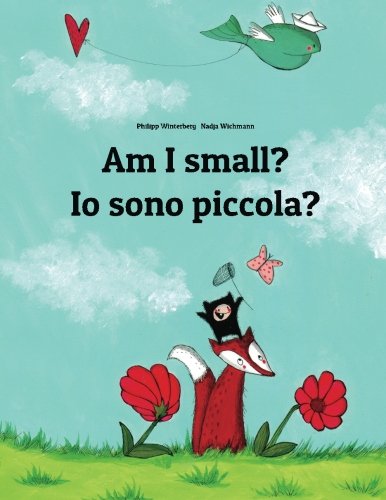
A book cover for Am I small? Io sono piccola?: Children's Picture Book English-Italian (Bilingual Edition); Philipp Winterberg; Children's Books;